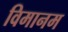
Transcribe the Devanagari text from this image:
विमानम